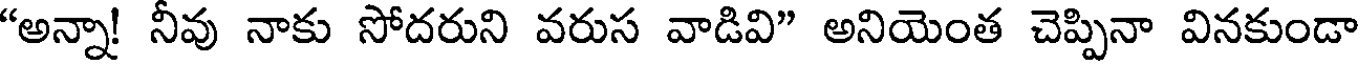
"అన్నా! నీవు నాకు సోదరుని వరుస వాడివి" అనియెంత చెప్పినా వినకుండా